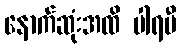
နောက်ဆုံးအထိ ပါရမီ